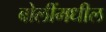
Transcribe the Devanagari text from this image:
बोलींमधील